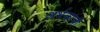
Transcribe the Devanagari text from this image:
अर्भकांची